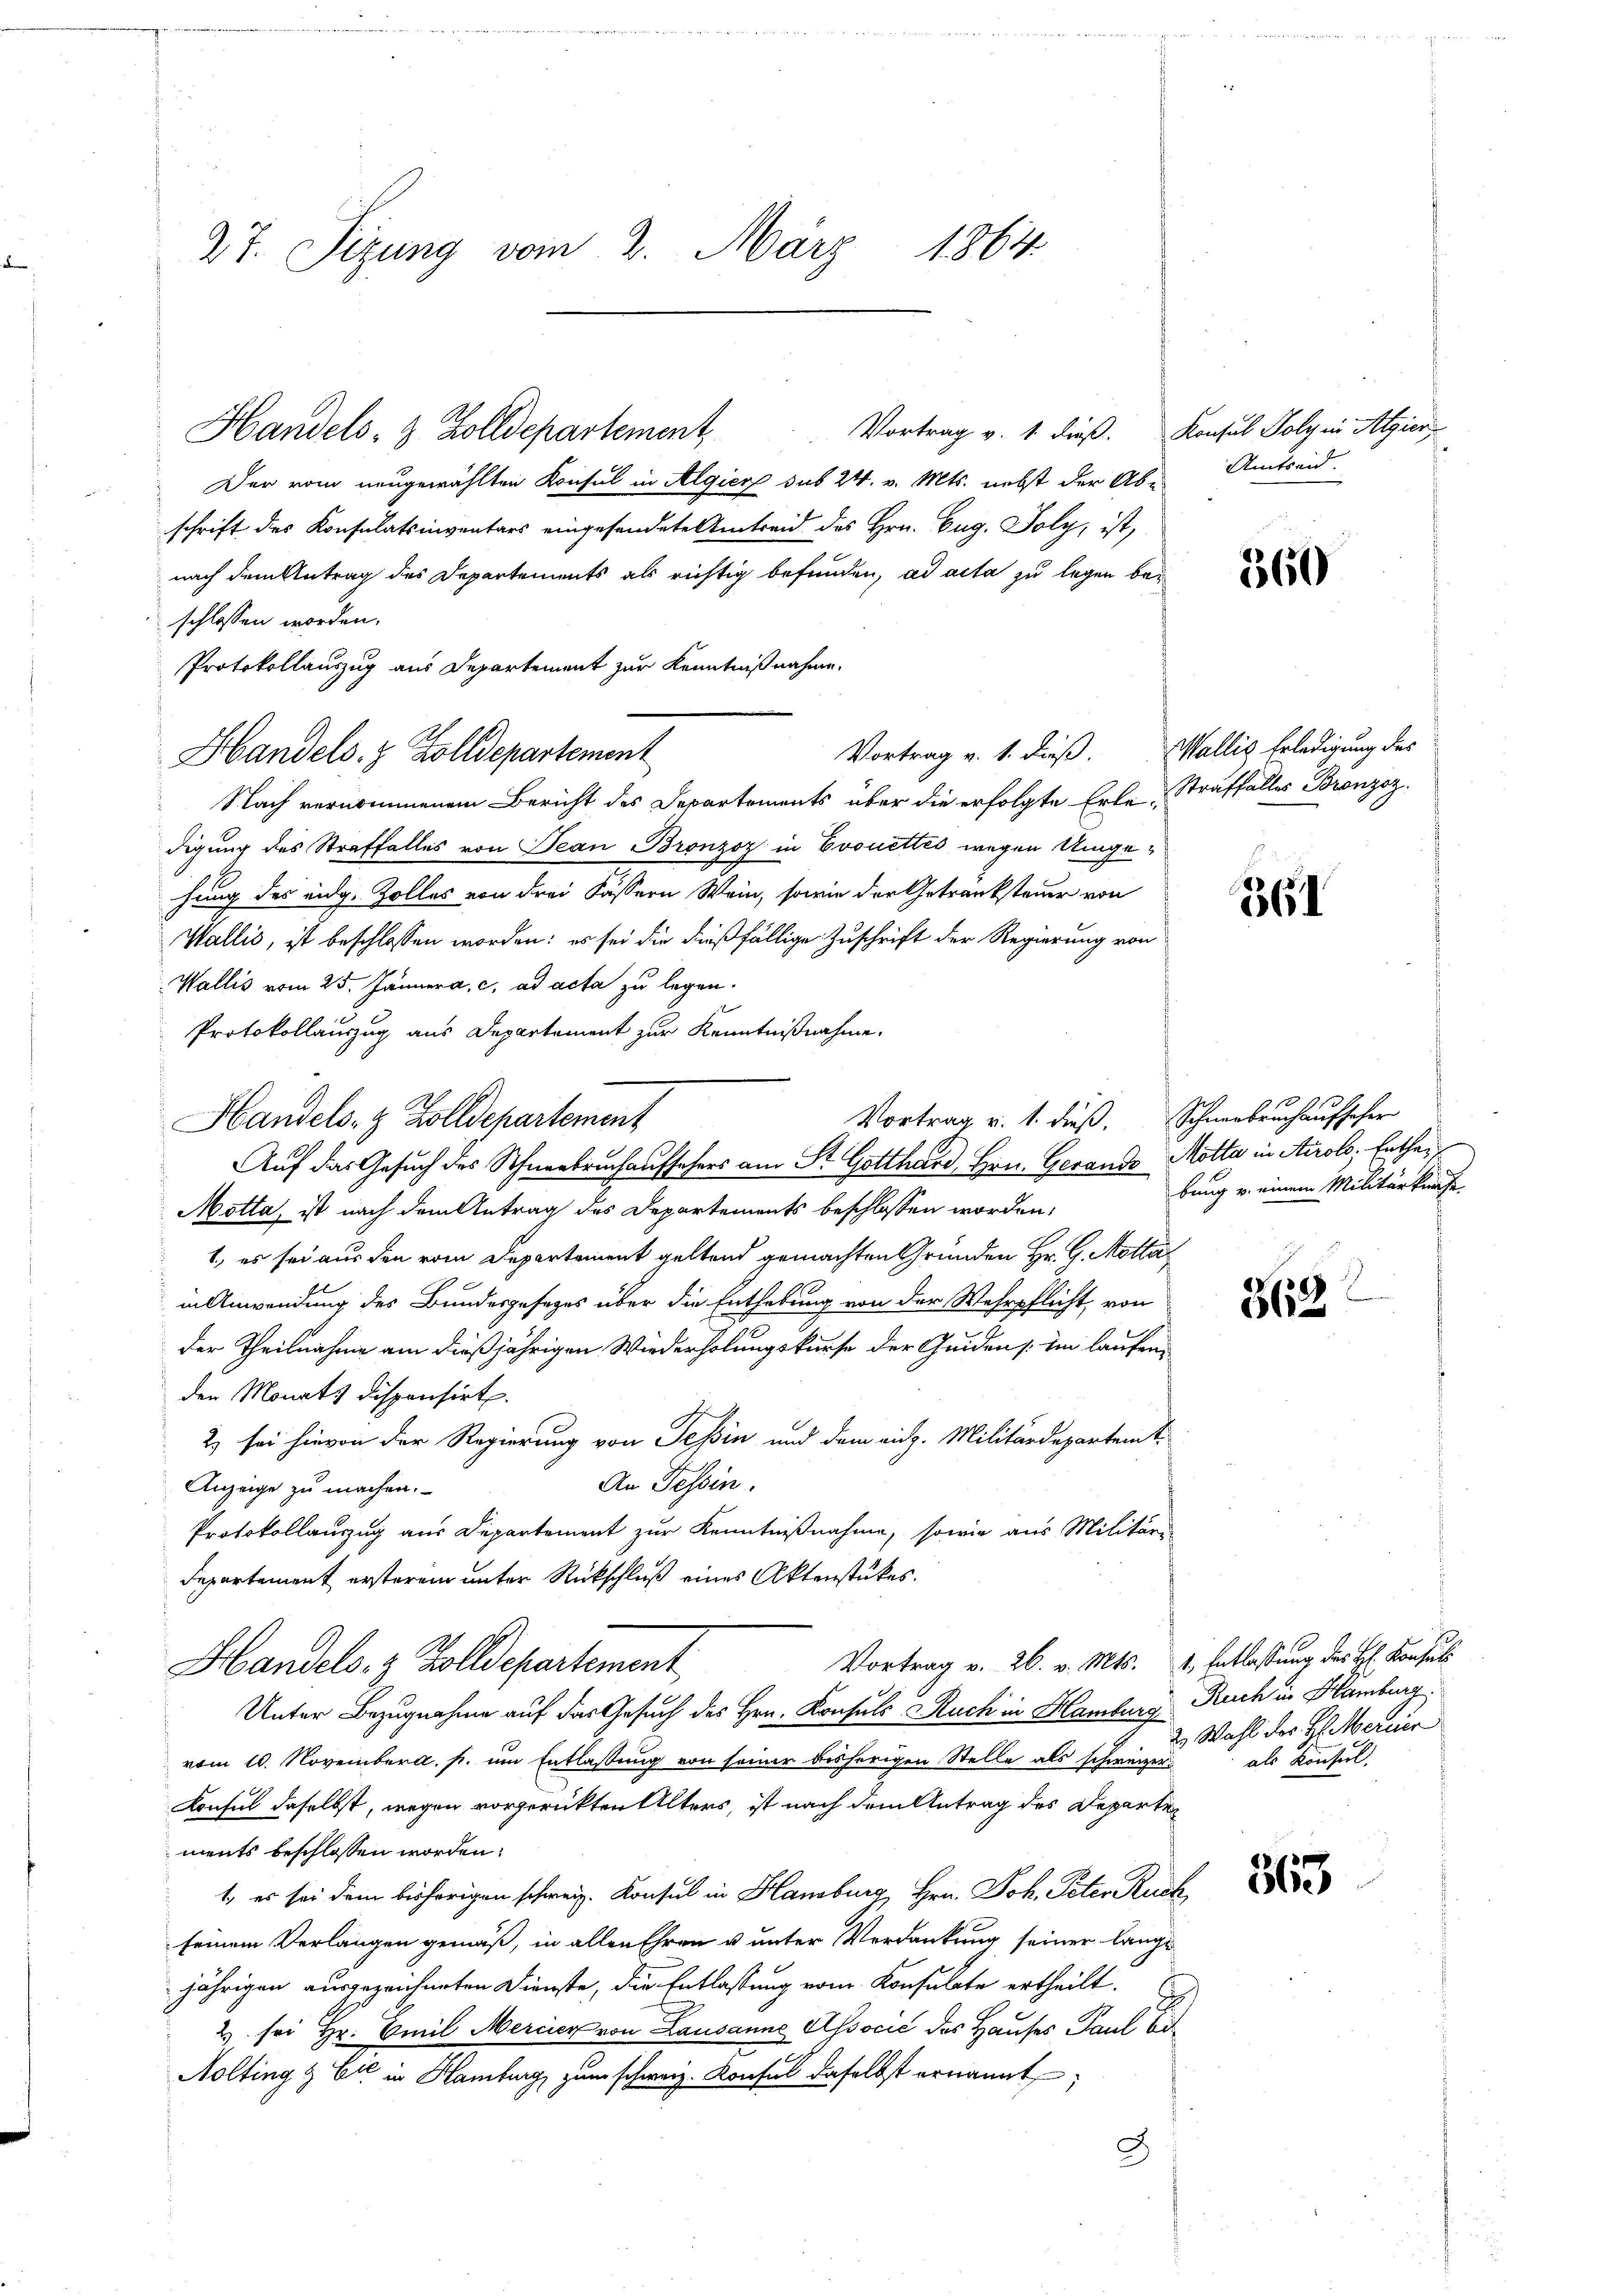
27. Sizung vom 2. März 1864

Handels- & Zolldepartement,

Handels. z. Zolldepartement

Der vom neugewählten Konsul in Algier sub 24. v. Mts. nebst der Ab-Amtseid
schrift des Konsulatsinventars eingesandete Umtreid des Hrn. Eug. Poly, ist,
nach dem Antrag des Departements als richtig befunden, ad acta zu legen bei
schlossen worden.
Protokollauszug aus Departement zur Kenntnißnahme.
Nach vernommenem Bericht des Departements über die erfolgte Erle-Straffalles Bronzoz.
digung des Straffalles von Jean Bronzoz in Evouettes wegen Umgehung des eidg. Zolles von drei Kassern Wein, sowie der Getranksteuer von
Wallis, ist beschlossen worden: es sei die dießfällige Zuschrift der Regierung von
Wallis vom 25. Jänner a. c. ad acta zu legen.
Protokollauszug aus Departement zur Kenntnißnahme.
Motta, ist nach dem Antrag des Departements beschlossen worden,
1., es sei aus den vom Departement geltend gemachten Gründen Hr. G. Motta
an Anwendung des Bundesgesetzes über die Enthebung von der Wehrpflicht, von
der Theilnahme am dießjährigen Wiederholungskurse der Geiden /: im laufenden Monats dispensirt.
2) sei hievon der Regierung von Tessin und dem eidg. Militärdepartemt
An Tessin.
Anzeige zu machen.
Protokollauszug aus Departement zur Kenntnißnahme, sowie aus Militärs
Departement ersteren unter Rückschluß eines Aktenstükes.
Vortrag v. 26. v. Mts. 1, Entlassung des H: Konsuls
Handels- & Zolldepartement
Unter Bezugnahme auf das Gesuch des Hrn. Konsuls Buch in Hamburg
vom 10. Novemberg, p. um Entlassung von seiner bisherigen Stelle als schweizer¬
Konsul daselbst, wegen vorgerückten Alters, ist nach dem Antrag des Departements beschlossen worden.
1. es sei dem bisherigen schweiz. Konsul in Hamburg, Hrn. Joh. Peter Ruch
seinem Verlangen gemäß, in allen Ehren u unter Verdankung seiner lange
jährigen ausgezeichneten Dienste, die Entlassung vom Konsulate ertheilt.
2 sei Hr. Emil Mercier von Lausanne Associć des Hauses Paul bis¬
Aolting & Cie in Hamburg zum schweiz. Konfel daselbst ernannt;
J

Vortrag u. 1. dieβ. Schnerbruch auf hoher
Handels- & Zolldepartement
Auf das Gesuch des Schneebruch aufsehers am St. Gotthard, Hrn. Gerande Motta in Airolo. Enthei

Vortrag v. 1. dieß. Wallis Erledigung des

Vortrag v. 1. dieß. Konsul Poly in Algier

360

361

.
bung v. einem Militärkunft.

362

Reich in Hamburg
Wahl der H. Mercier
als Konsul.

363